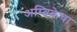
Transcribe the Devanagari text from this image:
अम्बिकेचा